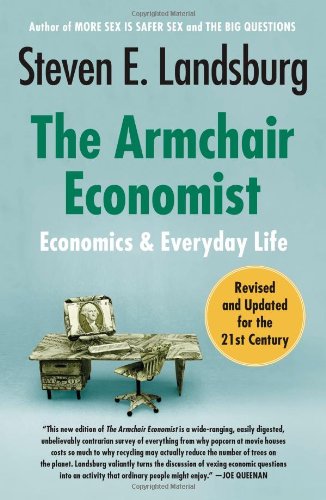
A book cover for The Armchair Economist: Economics and Everyday Life; Steven E. Landsburg; Business & Money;